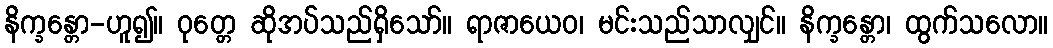
နိက္ခန္တော-ဟူ၍။ ဝုတ္တေ ဆိုအပ်သည်ရှိသော်။ ရာဇာယေဝ၊ မင်းသည်သာလျှင်။ နိက္ခန္တော၊ ထွက်သလော။